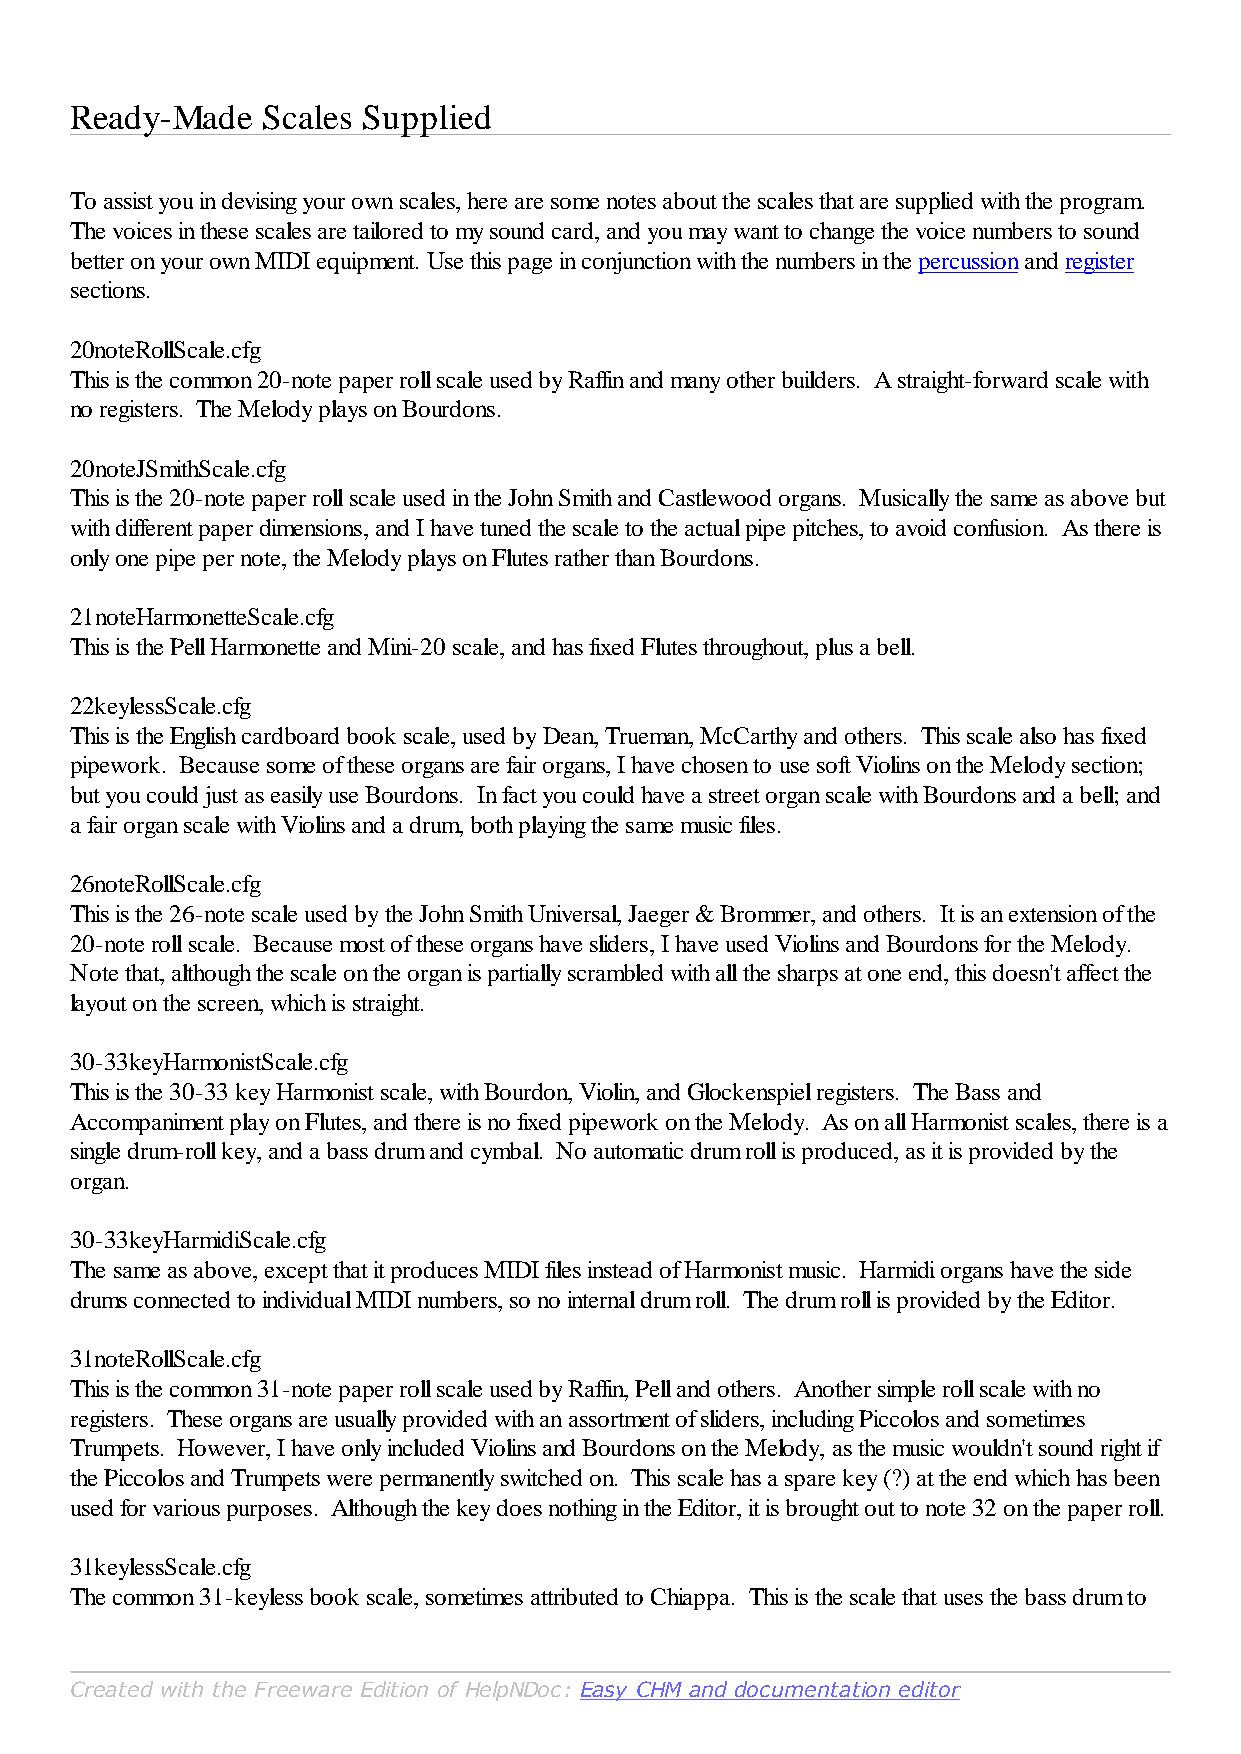
Ready-Made  Scales Supplied
 To assist you in devising your own scales, here are some notes about the scales that are supplied with the program.
 The voices in these scales are tailored to my sound card, and you may want to change the voice numbers to sound
 better on your own MIDI equipment. Use this page in conjunction with the numbers in the percussion and register
 sections.
 20noteRollScale.cfg
 This is the common 20-note paper roll scale used by Raffin and many other builders. A straight-forward scale with
 no registers. The Melody plays on Bourdons.
 20noteJSmithScale.cfg
 This is the 20-note paper roll scale used in the John Smith and Castlewood organs. Musically the same as above but
 with different paper dimensions, and I have tuned the scale to the actual pipe pitches, to avoid confusion. As there is
 only one pipe per note, the Melody plays on Flutes rather than Bourdons.
 21noteHarmonetteScale.cfg
 This is the Pell Harmonette and Mini-20 scale, and has fixed Flutes throughout, plus a bell.
 22keylessScale.cfg
 This is the English cardboard book scale, used by Dean, Trueman, McCarthy and others. This scale also has fixed
 pipework. Because some of these organs are fair organs, I have chosen to use soft Violins on the Melody section;
 but you could just as easily use Bourdons. In fact you could have a street organ scale with Bourdons and a bell; and
 a fair organ scale with Violins and a drum, both playing the same music files.
 26noteRollScale.cfg
 This is the 26-note scale used by the John Smith Universal, Jaeger & Brommer, and others. It is an extension of the
 20-note roll scale. Because most of these organs have sliders, I have used Violins and Bourdons for the Melody.
 Note that, although the scale on the organ is partially scrambled with all the sharps at one end, this doesn't affect the
 layout on the screen, which is straight.
 30-33keyHarmonistScale.cfg
 This is the 30-33 key Harmonist scale, with Bourdon, Violin, and Glockenspiel registers. The Bass and
 Accompaniment play on Flutes, and there is no fixed pipework on the Melody. As on all Harmonist scales, there is a
 single drum-roll key, and a bass drum and cymbal. No automatic drum roll is produced, as it is provided by the
 organ.
 30-33keyHarmidiScale.cfg
 The same as above, except that it produces MIDI files instead of Harmonist music. Harmidi organs have the side
 drums connected to individual MIDI numbers, so no internal drum roll. The drum roll is provided by the Editor.
 31noteRollScale.cfg
 This is the common 31-note paper roll scale used by Raffin, Pell and others. Another simple roll scale with no
 registers. These organs are usually provided with an assortment of sliders, including Piccolos and sometimes
 Trumpets. However, I have only included Violins and Bourdons on the Melody, as the music wouldn't sound right if
 the Piccolos and Trumpets were permanently switched on. This scale has a spare key (?) at the end which has been
 used for various purposes. Although the key does nothing in the Editor, it is brought out to note 32 on the paper roll.
 31keylessScale.cfg
 The common 31-keyless book scale, sometimes attributed to Chiappa. This is the scale that uses the bass drum to
 Created with the Freeware Edition of HelpNDoc: Easy CHM and documentation editor